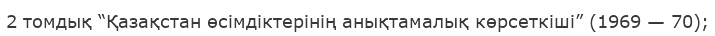
2 томдық “Қазақстан өсімдіктерінің анықтамалық көрсеткіші” (1969 — 70);